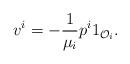
LaTeX: \begin{align*}v^i = - \dfrac{1}{\mu_i} p^i 1_{\mathcal{O}_i}.\end{align*}